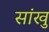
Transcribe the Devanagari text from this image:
सांखु